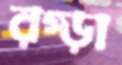
রগ্‌ড়া